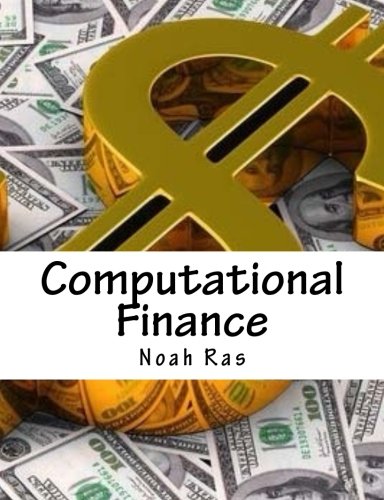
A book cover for Computational Finance; Noah Ras; Business & Money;